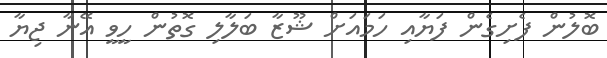
ބޮލުން ފެށިގެން ފަޔާއި ހަމައަށް ޝޫޒާ ބަލާލި ގޮތުން ހީވީ އޭނާ ޖިޔާ